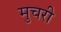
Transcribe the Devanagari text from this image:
मुचरी